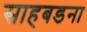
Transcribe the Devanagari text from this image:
साहबडना